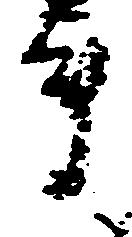
ま